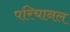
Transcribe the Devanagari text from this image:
परिचानल